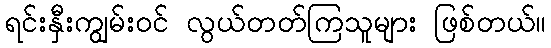
ရင်းနှီးကျွမ်းဝင် လွယ်တတ်ကြသူများ ဖြစ်တယ်။